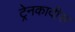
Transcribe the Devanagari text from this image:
ट्रेनकादीस